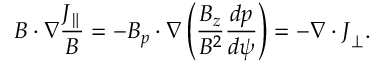
\boldsymbol { B } \cdot \nabla \frac { J _ { \parallel } } { B } = - \boldsymbol { B } _ { p } \cdot \nabla \left( \frac { B _ { z } } { B ^ { 2 } } \frac { d p } { d \psi } \right) = - \nabla \cdot \boldsymbol { J } _ { \perp } .